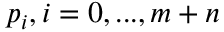
p _ { i } , i = 0 , . . . , m + n